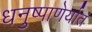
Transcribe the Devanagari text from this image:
धनुष्पाणेर्यातं